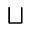
\sqcup